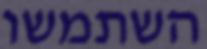
השתמשו